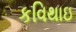
કવિથાઇ